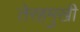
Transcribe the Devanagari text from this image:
तेरहमुखी